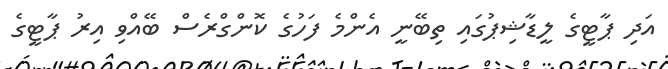
އަދި ޕާޓީގެ ލީޑާޝިޕުގައި ތިބޭނީ އެންމެ ފަހުގެ ކޮންގްރެސް ބޭއްވި އިރު ޕާޓީގެ